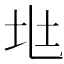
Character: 𡉵